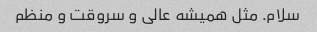
سلام. مثل همیشه عالی و سروقت و منظم